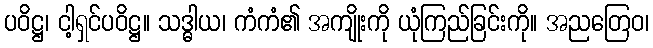
ပဝိဋ္ဌ၊ ငါ့ရှင်ပဝိဋ္ဌ။ သဒ္ဓါယ၊ ကံကံ၏ အကျိုးကို ယုံကြည်ခြင်းကို။ အညတြေဝ၊